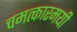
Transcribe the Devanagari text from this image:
चमत्कारमयी